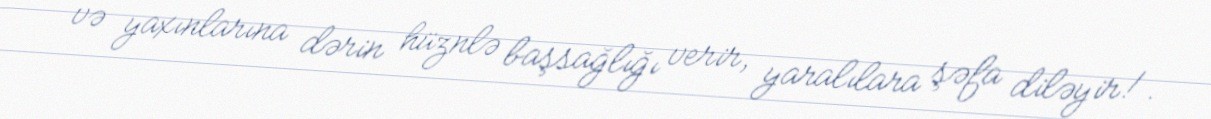
və yaxınlarına dərin hüznlə başsağlığı verir, yaralılara şəfa diləyir!.